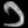
Digit: ၁